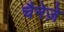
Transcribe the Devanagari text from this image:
चैनेज़े